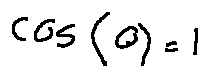
\cos ( 0 ) = 1